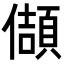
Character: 𭀂